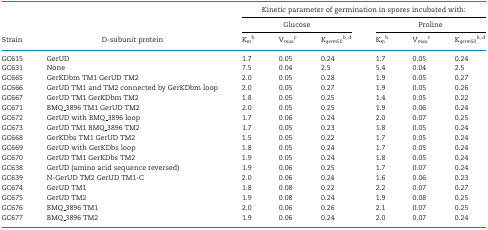
<table><thead><tr><td></td><td></td><td colspan="6"><b>Kinetic parameter of germination in spores incubated with:</b></td></tr><tr><td></td><td></td><td colspan="3"><b>Glucose</b></td><td colspan="3"><b>Proline</b></td></tr><tr><td><b>Strain</b></td><td><b>D-subunit protein</b></td><td><b>K<i><sub>m</sub></i><sup>b</sup></b></td><td><b>V<i><sub>max</sub></i><sup>c</sup></b></td><td><b>K<i><sub>germ50</sub></i><sup><sup>b</sup>,<sup>d</sup></sup></b></td><td><b>K<i><sub>m</sub></i><sup>b</sup></b></td><td><b>V<i><sub>max</sub></i><sup>c</sup></b></td><td><b>K<i><sub>germ50</sub></i><sup><sup>b</sup>,<sup>d</sup></sup></b></td></tr></thead><tbody><tr><td>GC615</td><td>GerUD</td><td>1.7</td><td>0.05</td><td>0.24</td><td>1.7</td><td>0.05</td><td>0.24</td></tr><tr><td>GC631</td><td>None</td><td>7.5</td><td>0.04</td><td>2.5</td><td>5.4</td><td>0.04</td><td>2.5</td></tr><tr><td>GC665</td><td>GerKDbm TM1 GerUD TM2</td><td>2.0</td><td>0.05</td><td>0.28</td><td>1.9</td><td>0.05</td><td>0.27</td></tr><tr><td>GC666</td><td>GerUD TM1 and TM2 connected by GerKDbm loop</td><td>2.0</td><td>0.05</td><td>0.27</td><td>1.9</td><td>0.05</td><td>0.26</td></tr><tr><td>GC667</td><td>GerUD TM1 GerKDbm TM2</td><td>1.8</td><td>0.05</td><td>0.25</td><td>1.4</td><td>0.05</td><td>0.22</td></tr><tr><td>GC671</td><td>BMQ_3896 TM1 GerUD TM2</td><td>2.0</td><td>0.05</td><td>0.25</td><td>1.9</td><td>0.06</td><td>0.24</td></tr><tr><td>GC672</td><td>GerUD with BMQ_3896 loop</td><td>1.7</td><td>0.06</td><td>0.24</td><td>2.0</td><td>0.07</td><td>0.25</td></tr><tr><td>GC673</td><td>GerUD TM1 BMQ_3896 TM2</td><td>1.7</td><td>0.05</td><td>0.23</td><td>1.8</td><td>0.05</td><td>0.24</td></tr><tr><td>GC668</td><td>GerKDbs TM1 GerUD TM2</td><td>1.5</td><td>0.05</td><td>0.22</td><td>1.7</td><td>0.05</td><td>0.24</td></tr><tr><td>GC669</td><td>GerUD with GerKDbs loop</td><td>1.8</td><td>0.05</td><td>0.24</td><td>1.7</td><td>0.05</td><td>0.24</td></tr><tr><td>GC670</td><td>GerUD TM1 GerKDbs TM2</td><td>1.9</td><td>0.05</td><td>0.24</td><td>1.8</td><td>0.05</td><td>0.24</td></tr><tr><td>GC638</td><td>GerUD (amino acid sequence reversed)</td><td>1.9</td><td>0.06</td><td>0.25</td><td>1.7</td><td>0.07</td><td>0.24</td></tr><tr><td>GC639</td><td>N-GerUD TM2 GerUD TM1-C</td><td>2.0</td><td>0.06</td><td>0.24</td><td>1.6</td><td>0.06</td><td>0.23</td></tr><tr><td>GC674</td><td>GerUD TM1</td><td>1.8</td><td>0.08</td><td>0.22</td><td>2.2</td><td>0.07</td><td>0.27</td></tr><tr><td>GC675</td><td>GerUD TM2</td><td>1.9</td><td>0.08</td><td>0.24</td><td>1.9</td><td>0.08</td><td>0.25</td></tr><tr><td>GC676</td><td>BMQ_3896 TM1</td><td>2.0</td><td>0.06</td><td>0.26</td><td>2.1</td><td>0.07</td><td>0.25</td></tr><tr><td>GC677</td><td>BMQ_3896 TM2</td><td>1.9</td><td>0.06</td><td>0.24</td><td>2.0</td><td>0.07</td><td>0.24</td></tr></tbody></table>